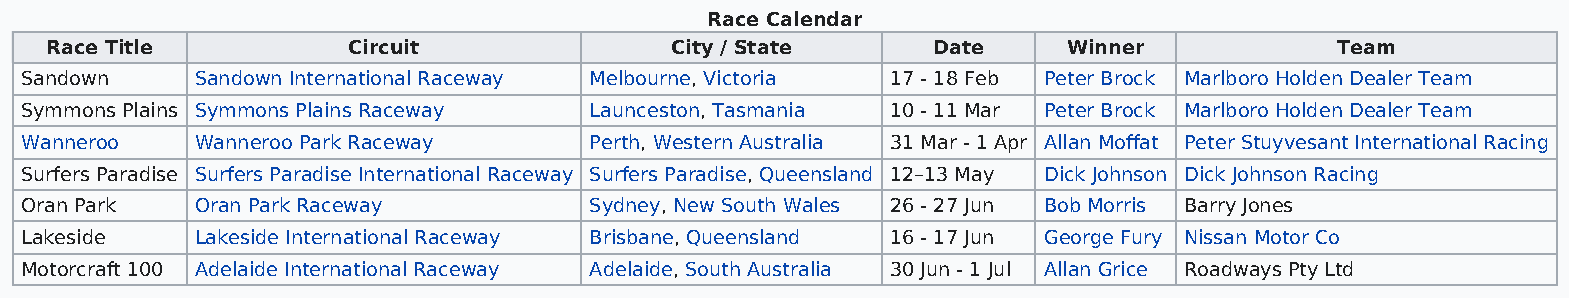
Race Calendar
 Race Title          Circuit              City / State      Date     Winner           Team
 Sandown     Sandown International Raceway Melbourne, Victoria 17 - 18 Feb Peter Brock Marlboro Holden Dealer Team
 Symmons Plains Symmons Plains Raceway Launceston, Tasmania 10 - 11 Mar Peter Brock Marlboro Holden Dealer Team
 Wanneroo    Wanneroo Park Raceway     Perth, Western Australia 31 Mar - 1 Apr Allan Moffat Peter Stuyvesant International Racing
 Surfers Paradise Surfers Paradise International Raceway Surfers Paradise, Queensland 12–13 May Dick Johnson Dick Johnson Racing
 Oran Park   Oran Park Raceway         Sydney, New South Wales 26 - 27 Jun Bob Morris Barry Jones
 Lakeside    Lakeside International Raceway Brisbane, Queensland 16 - 17 Jun George Fury Nissan Motor Co
 Motorcraft 100 Adelaide International Raceway Adelaide, South Australia 30 Jun - 1 Jul Allan Grice Roadways Pty Ltd